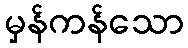
မှန်ကန်သော